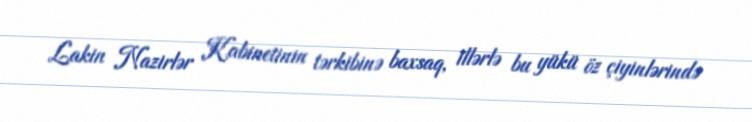
Lakin Nazirlər Kabinetinin tərkibinə baxsaq, illərlə bu yükü öz çiyinlərində